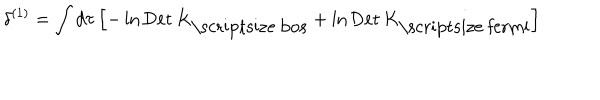
\delta ^ { ( 1 ) } = \int d \tau \left[ - \ln \mathrm { D e t } \, K _ { \mathrm { \scriptsize ~ b o s } } + \ln \mathrm { D e t } \, K _ { \mathrm { \scriptsize ~ f e r m i } } \right]